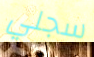
سجلي